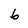
Character: b